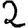
Digit: 2